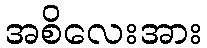
အစိလေးအား